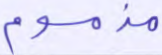
مذموم